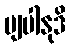
ဗျပါနုဒိ